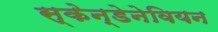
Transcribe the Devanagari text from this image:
स्केन्डेनेवियन